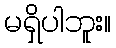
မရှိပါဘူး။